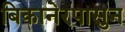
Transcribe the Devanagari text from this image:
बिकानेरपासुन